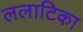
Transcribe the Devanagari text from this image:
ललाटिका